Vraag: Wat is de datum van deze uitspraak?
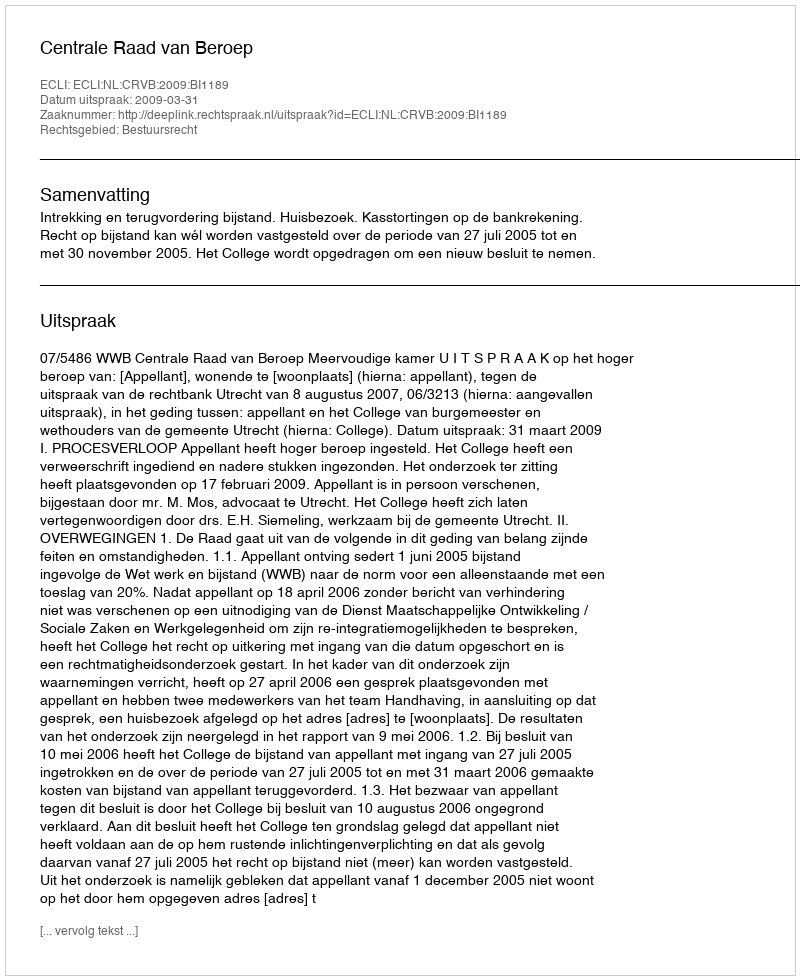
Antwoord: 2009-03-31